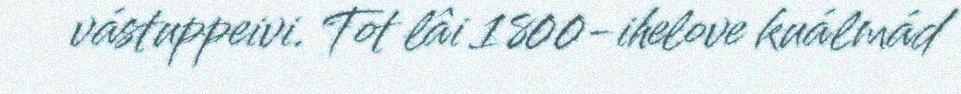
vástuppeivi. Tot lâi 1800-ihelove kuálmád